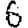
Digit: 6